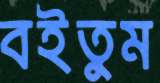
বইতুম